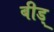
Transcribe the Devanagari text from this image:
बीड्